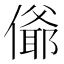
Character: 𰂴